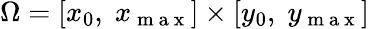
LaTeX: \Omega=[x_{0},\; x_{\mathrm{~m~a~x~}}]\times[y_{0},\; y_{\mathrm{~m~a~x~}}]